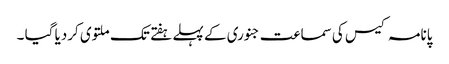
پانامہ کیس کی سماعت جنوری کے پہلے ہفتے تک ملتوی کردیا گیا ۔